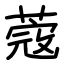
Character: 蔲